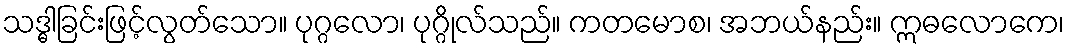
သဒ္ဓါခြင်းဖြင့်လွတ်သော။ ပုဂ္ဂလော၊ ပုဂ္ဂိုလ်သည်။ ကတမောစ၊ အဘယ်နည်း။ ဣဓလောကေ၊